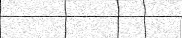
٨١